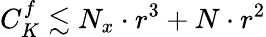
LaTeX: C_{K}^{f}\lesssim N_{x}\cdot r^{3}+N\cdot r^{2}